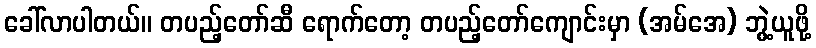
ခေါ်လာပါတယ်။ တပည့်တော်ဆီ ရောက်တော့ တပည့်တော်ကျောင်းမှာ (အမ်အေ) ဘွဲ့ယူဖို့